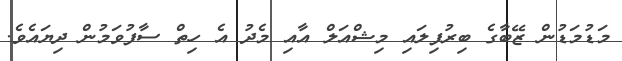
މަޑުމަޑުން ޒޭބާގެ ބިރުފިލައި މިޝްއަލް އާއި މެދު އެ ހިތް ސާފުވަމުން ދިޔައެވެ.